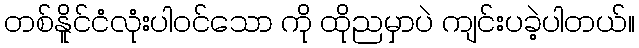
တစ်နိူင်ငံလုံးပါဝင်သော ကို ထိုညမှာပဲ ကျင်းပခဲ့ပါတယ်။